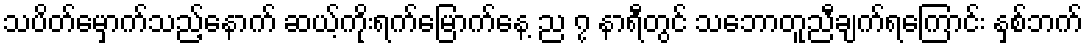
သပိတ်မှောက်သည့်နောက် ဆယ့်ကိုးရက်မြောက်နေ့ ည ၇ နာရီတွင် သဘောတူညီချက်ရကြောင်း နှစ်ဘက်